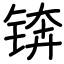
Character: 锛